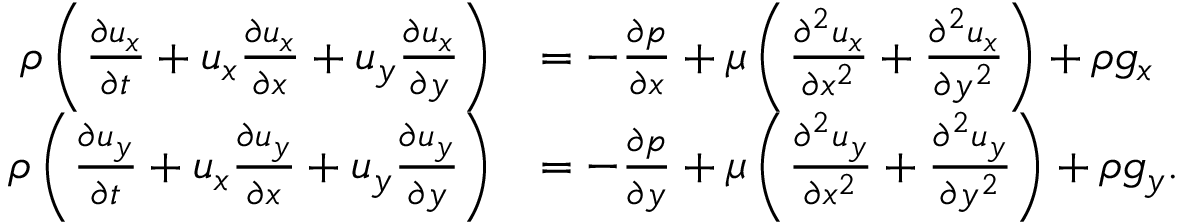
{ \begin{array} { r l } { \rho \left( { \frac { \partial u _ { x } } { \partial t } } + u _ { x } { \frac { \partial u _ { x } } { \partial x } } + u _ { y } { \frac { \partial u _ { x } } { \partial y } } \right) } & { = - { \frac { \partial p } { \partial x } } + \mu \left( { \frac { \partial ^ { 2 } u _ { x } } { \partial x ^ { 2 } } } + { \frac { \partial ^ { 2 } u _ { x } } { \partial y ^ { 2 } } } \right) + \rho g _ { x } } \\ { \rho \left( { \frac { \partial u _ { y } } { \partial t } } + u _ { x } { \frac { \partial u _ { y } } { \partial x } } + u _ { y } { \frac { \partial u _ { y } } { \partial y } } \right) } & { = - { \frac { \partial p } { \partial y } } + \mu \left( { \frac { \partial ^ { 2 } u _ { y } } { \partial x ^ { 2 } } } + { \frac { \partial ^ { 2 } u _ { y } } { \partial y ^ { 2 } } } \right) + \rho g _ { y } . } \end{array} }